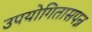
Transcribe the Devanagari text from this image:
उपयोगितासपन्न